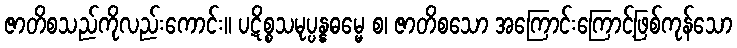
ဇာတိစသည်ကိုလည်းကောင်း။ ပဋိစ္စသမုပ္ပန္နဓမ္မေ စ၊ ဇာတိစသော အကြောင်းကြောင့်ဖြစ်ကုန်သော